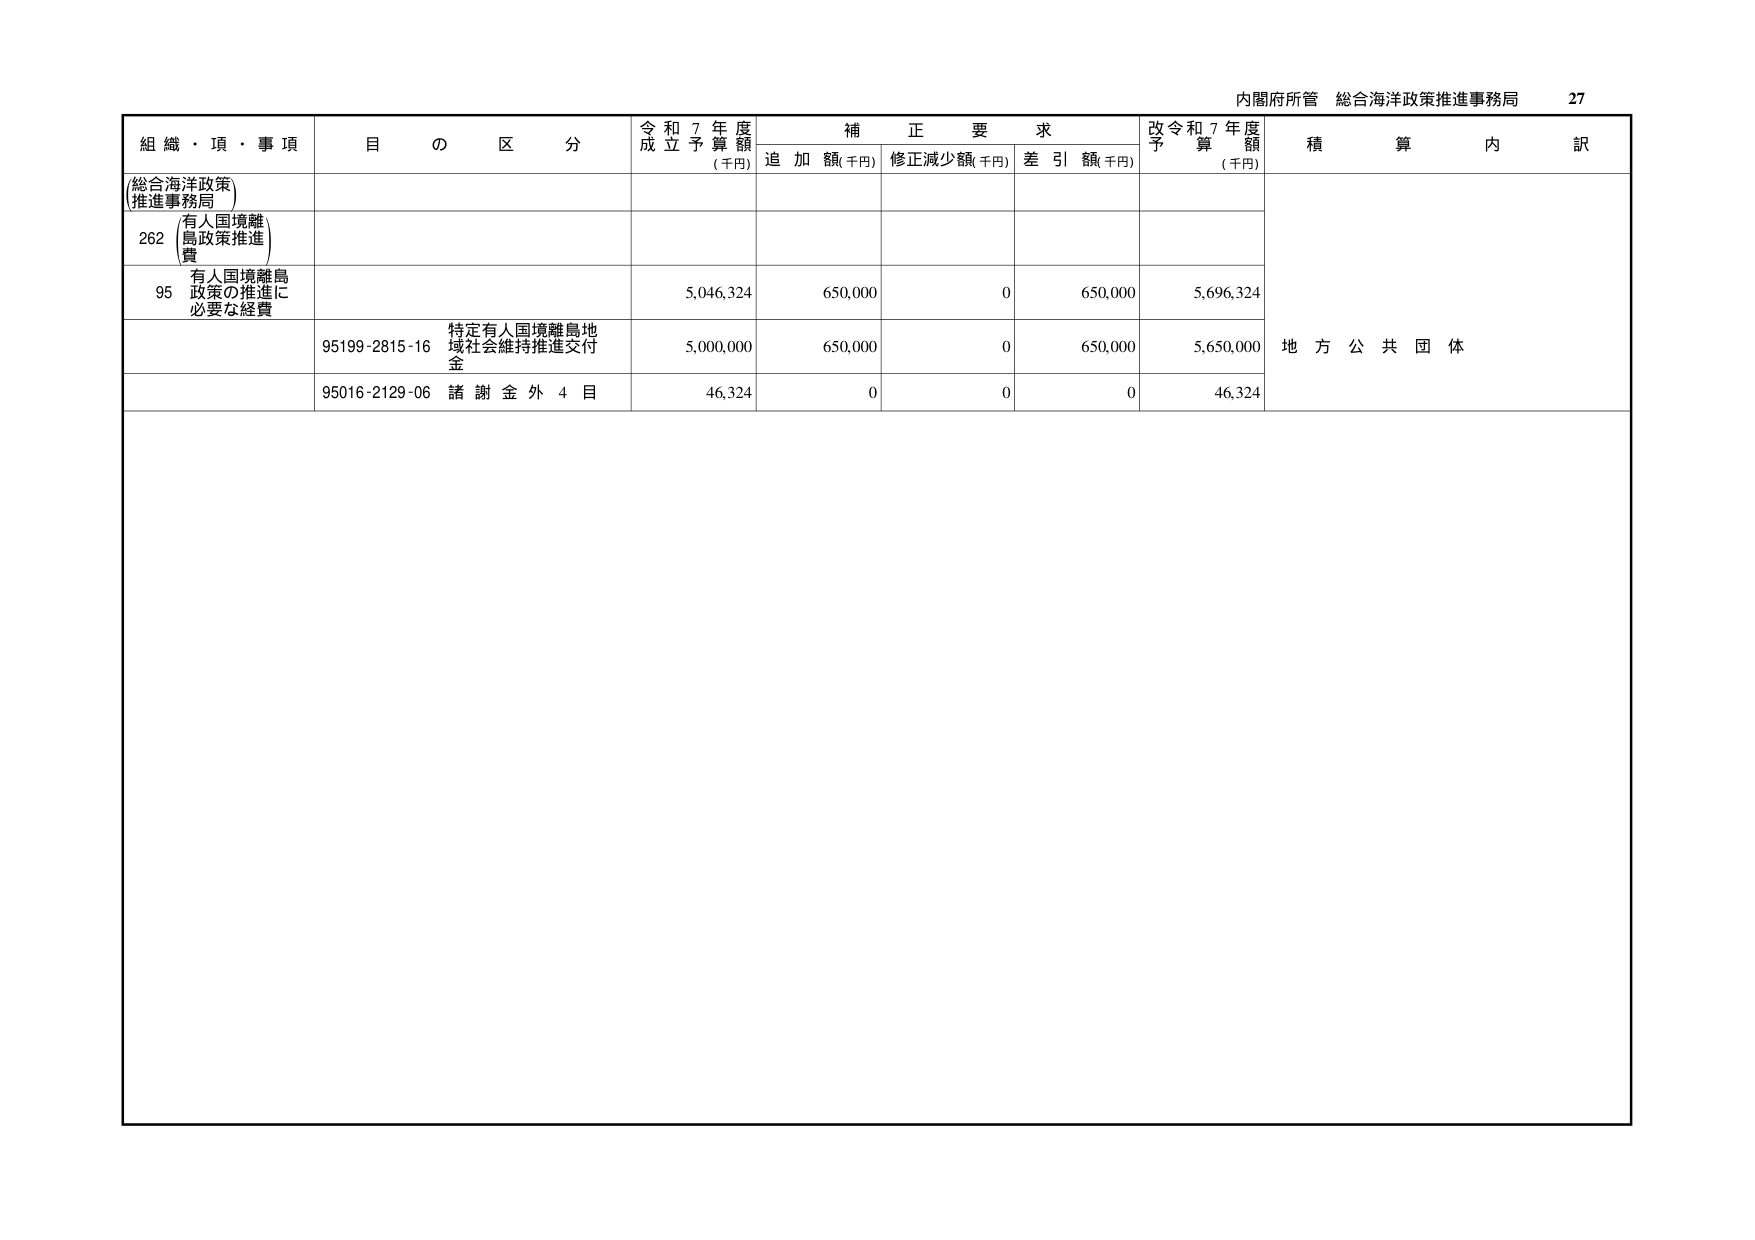
内閣府所管 総合海洋政策推進事務局 27

組織・項・事項 目の区分 令和7年度成立予算額 (千円) 補正要求 追加額(千円) 修正減少額(千円) 差引額(千円) 改令和7年度予算額 (千円) 積算内訳

(総合海洋政策推進事務局)

262 有人国境離島政策推進費

95 有人国境離島政策の推進に必要な経費 5,046,324 650,000 0 650,000 5,696,324

95199-2815-16 特定有人国境離島地域社会維持推進交付金 5,000,000 650,000 0 650,000 5,650,000 地方公共団体

95016-2129-06 諸謝金外4目 46,324 0 0 0 46,324